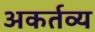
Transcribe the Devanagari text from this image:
अकर्तव्य